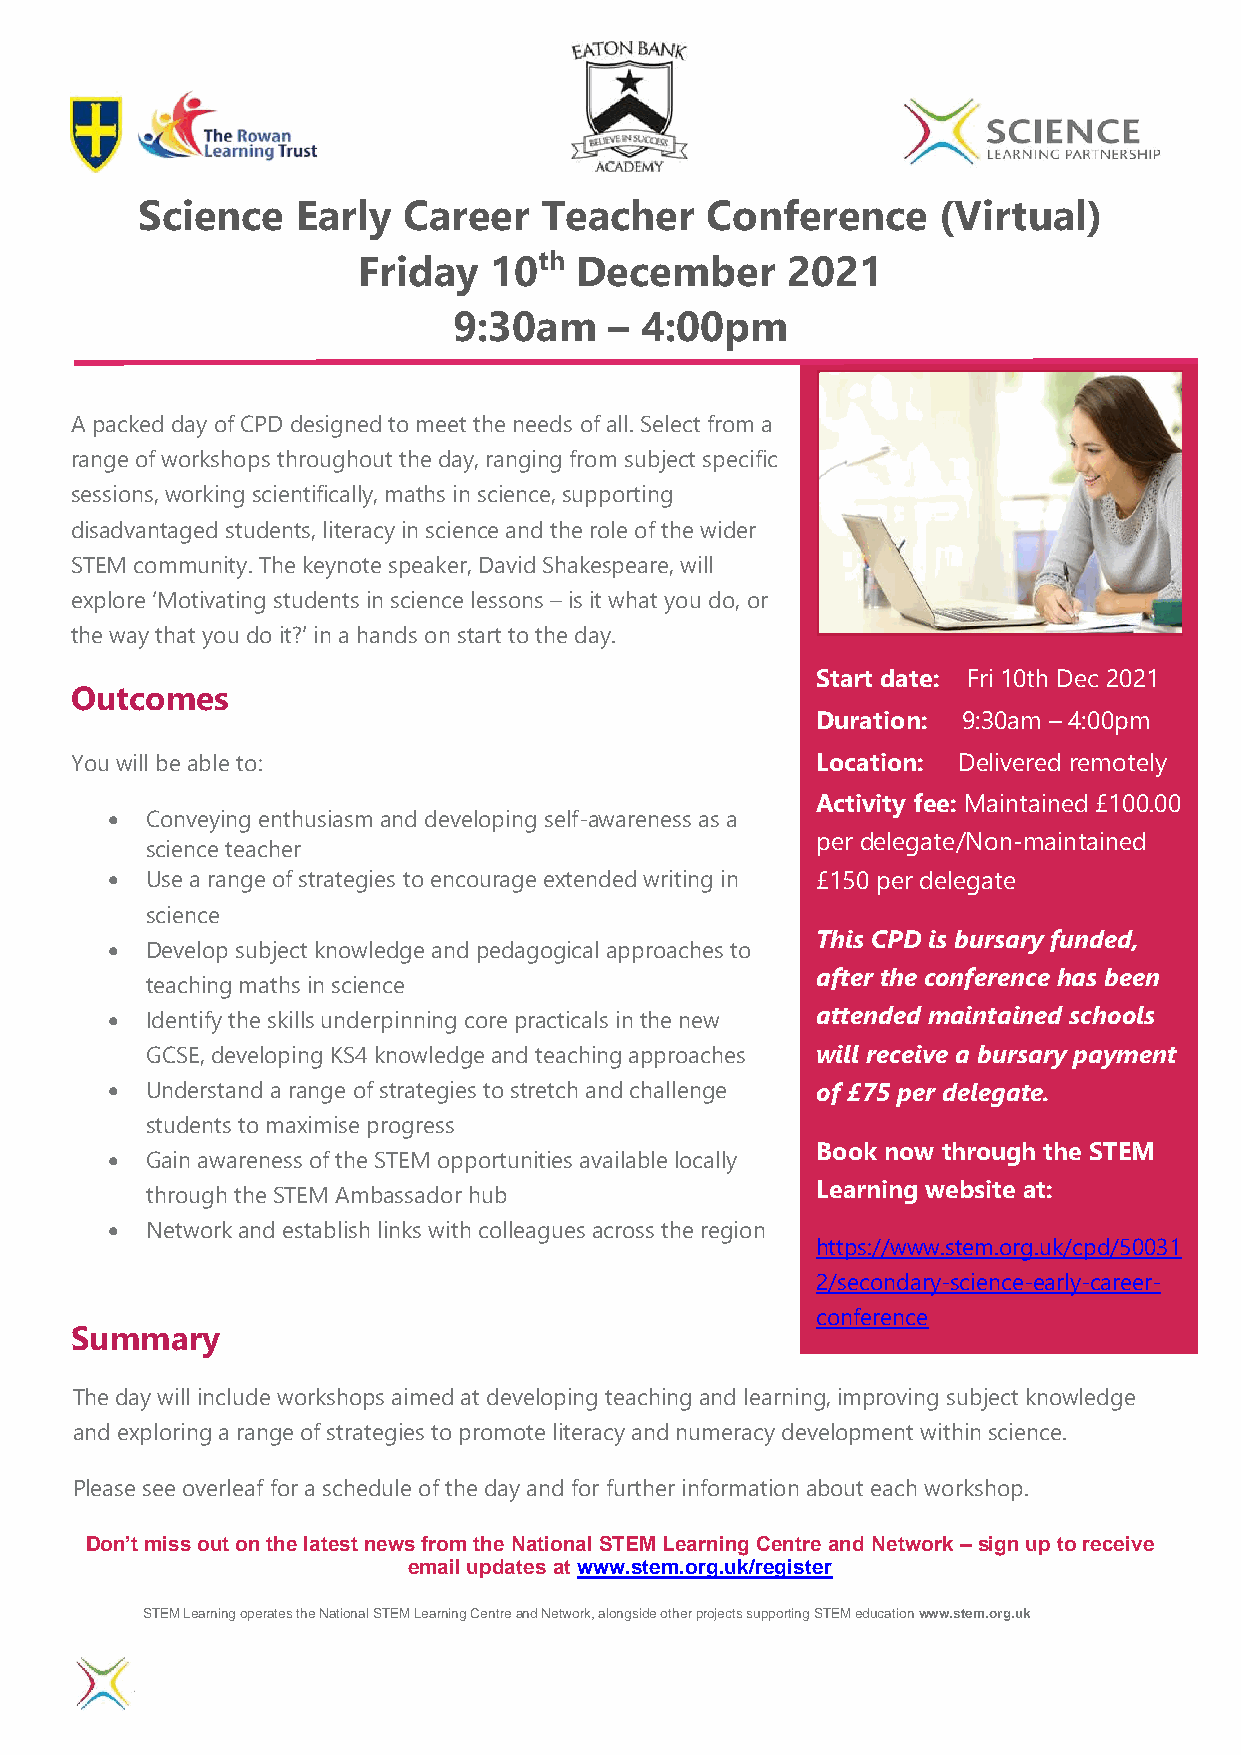
Science    Early  Career   Teacher    Conference     (Virtual)
 Friday  10th  December      2021
 9:30am    – 4:00pm
 A packed day of CPD designed to meet the needs of all. Select from a
 range of workshops throughout the day, ranging from subject specific
 sessions, working scientifically, maths in science, supporting
 disadvantaged students, literacy in science and the role of the wider
 STEM community. The keynote speaker, David Shakespeare, will
 explore ‘Motivating students in science lessons – is it what you do, or
 the way that you do it?’ in a hands on start to the day.
 Start date: Fri 10th Dec 2021
 Outcomes
 Duration: 9:30am – 4:00pm
 You will be able to:                             Location: Delivered remotely
 Activity fee: Maintained £100.00
 •  Conveying enthusiasm and developing self-awareness as a
 per delegate/Non-maintained
 science teacher
 •  Use a range of strategies to encourage extended writing in £150 per delegate
 science
 This CPD is bursary funded,
 •  Develop subject knowledge and pedagogical approaches to
 after the conference has been
 teaching maths in science
 •  Identify the skills underpinning core practicals in the new attended maintained schools
 GCSE, developing KS4 knowledge and teaching approaches will receive a bursary payment
 •  Understand a range of strategies to stretch and challenge of £75 per delegate.
 students to maximise progress
 Book now through the STEM
 •  Gain awareness of the STEM opportunities available locally
 Learning website at:
 through the STEM Ambassador hub
 •  Network and establish links with colleagues across the region
 https://www.stem.org.uk/cpd/50031
 2/secondary-science-early-career-
 conference
 Summary
 Contact slp@hhhs.net for all
 The day will include workshops aimed at developing teaching and learning, improving subject knowledge
 booking enquiries
 and exploring a range of strategies to promote literacy and numeracy development within science.
 Please see overleaf for a schedule of the day and for further information about each workshop.
 Don’t miss out on the latest news from the National STEM Learning Centre and Network – sign up to receive
 email updates at www.stem.org.uk/register
 STEM Learning operates the National STEM Learning Centre and Network, alongside other projects supporting STEM education www.stem.org.uk